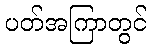
ပတ်အကြာတွင်